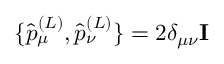
\{ \hat { p } _ { \mu } ^ { ( L ) } , \hat { p } _ { \nu } ^ { ( L ) } \} = 2 \delta _ { \mu \nu } \mathbf { I }